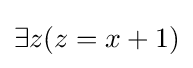
\exists z(z=x+1)